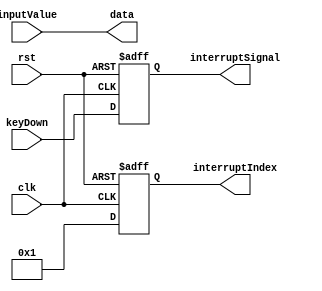
module keyboard (
  input clk, rst,
  input keyDown,
  input [15:0] inputValue,
  output reg interruptSignal,
  output reg [3:0] interruptIndex,
  output [15:0] data
);

reg [31:0] delay;

assign data = inputValue;

always @ (posedge clk or negedge rst)
  if (!rst)
    delay = 0;
  else
  begin
    if (delay == 1000000)
      delay = 0;
    else
      delay = delay + 1;
  end

always @ (posedge clk or negedge rst)
  if (!rst)
  begin
    interruptSignal = 1;
    interruptIndex = 0;
  end
  else
  begin
//    if (delay == 0)
    begin
      interruptSignal = keyDown;
      interruptIndex = 1;
    end
//    else
//    begin
//      interruptSignal = 1;
//      interruptIndex = 0;
//    end
  end

endmodule